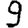
Digit: 9